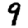
Digit: 9